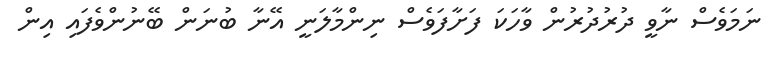
ނަމަވެސް ނާވީ ދުރުދުރުން ވާހަކަ ފަށާފަވެސް ނިންމާލަނީ އޭނާ ބުނަން ބޭނުންވެފައި އިން